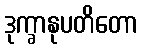
ဒုက္ခာနုပတိတော